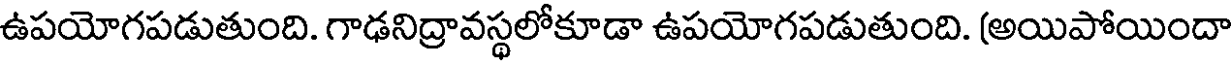
ఉపయోగపడుతుంది. గాఢనిద్రావస్థలోకూడా ఉపయోగపడుతుంది. (అయిపోయిందా